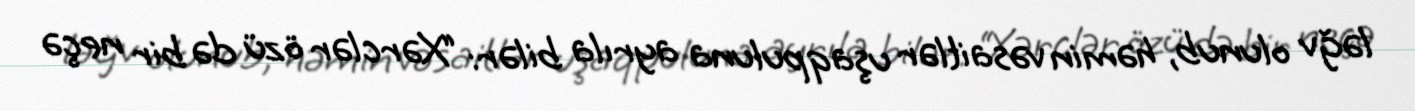
ləğv olunub, həmin vəsaitlər uşaqpuluna ayrıla bilər: “Xərclər özü də bir neçə